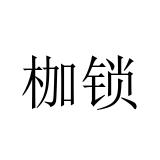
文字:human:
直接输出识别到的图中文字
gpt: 枷锁